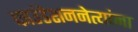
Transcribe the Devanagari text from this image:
फाउंडेशननेत्यांना